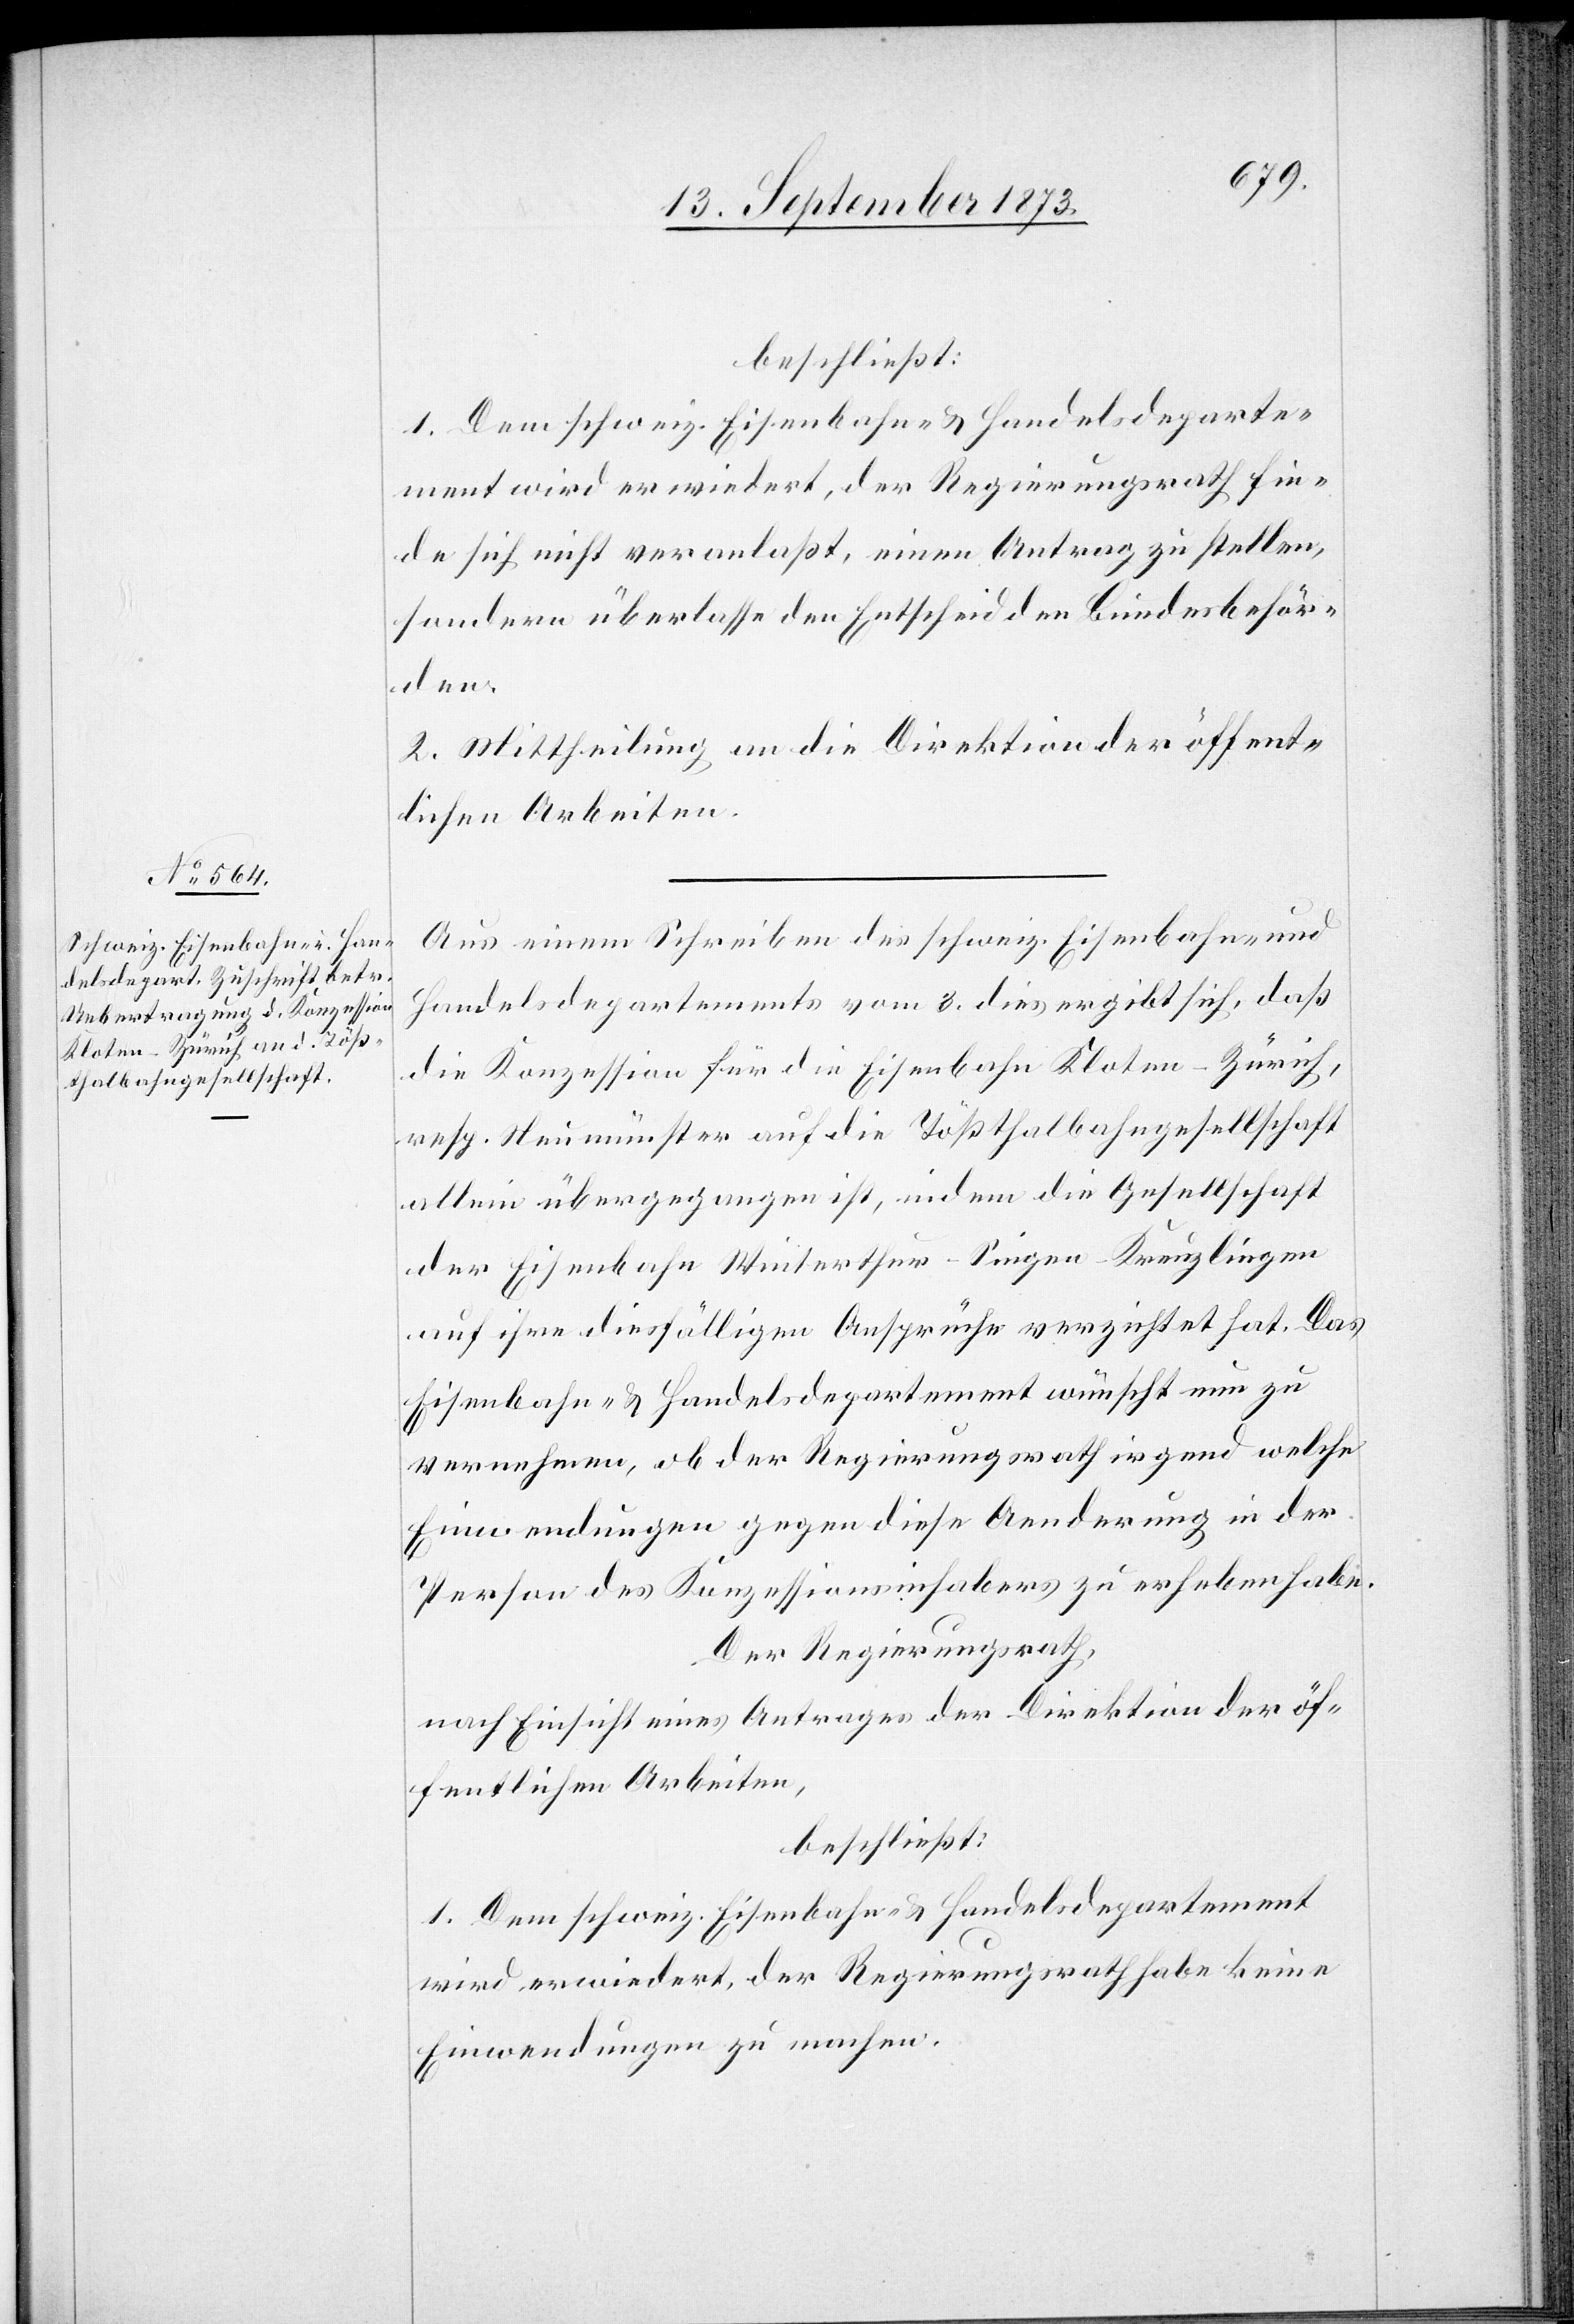
beschließt:
1. Dem schweiz. Eisenbahn- & Handelsdeparte¬
ment wird erwiedert, der Regierungsrath fin¬
de sich nicht veranlaßt, einen Antrag zu stellen,
sondern überlasse den Entscheid den Bundesbehör¬
den.
2. Mittheilung an die Direktion der öffent¬
lichen Arbeiten.
Aus einem Schreiben des schweiz. Eisenbahn- und
Handelsdepartements vom 3. dies ergibt sich, daß
die Konzession für die Eisenbahn Kloten–Zürich,
resp. Neumünster auf die Tößthalbahngesellschaft
allein übergegangen ist, indem die Gesellschaft
der Eisenbahn Winterthur–Singen–Kreuzlingen
auf ihre diesfälligen Ansprüche verzichtet hat. Das
Eisenbahn- & Handelsdepartement wünscht nun zu
vernehmen, ob der Regierungsrath irgend welche
Einwendungen gegen diese Aenderung in der
Person des Konzessionsinhabers zu erheben habe.
Der Regierungsrath,
nach Einsicht eines Antrages der Direktion der öf¬
fentlichen Arbeiten,
beschließt:
1. Dem schweiz. Eisenbahn- & Handelsdepartement
wird erwiedert, der Regierungsrath habe keine
Einwendungen zu machen.